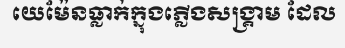
យេម៉ែនធ្លាក់ក្នុងភ្លើងសង្គ្រាម ដែល